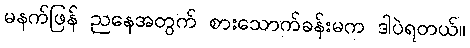
မနက်ဖြန် ညနေအတွက် စားသောက်ခန်းမက ဒါပဲရတယ်။